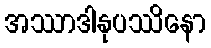
အဿာဒါနုပဿိနော